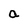
Character: a